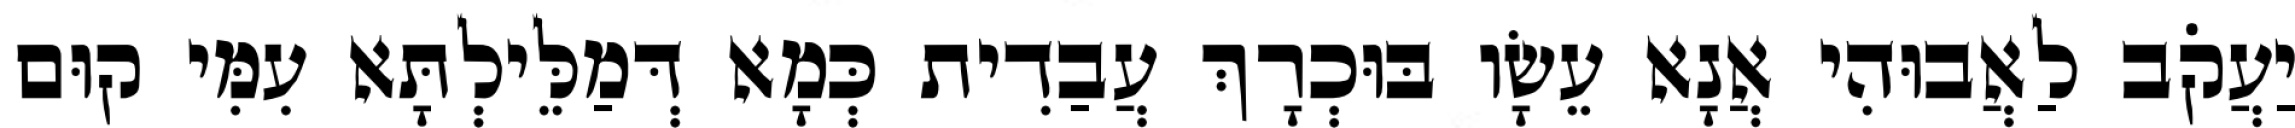
יַעֲקֹב לַאֲבוּהִי אֲנָא עֵשָׂו בּוּכְרָךְ עֲבַדִית כְּמָא דְּמַלֵּילְתָּא עִמִּי קוּם